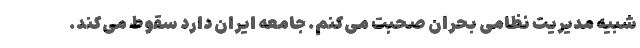
شبیه مدیریت نظامی بحران صحبت می‌کنم. جامعه ایران دارد سقوط می‌کند.